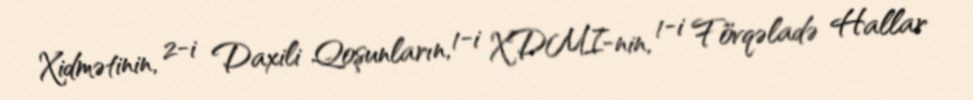
Xidmətinin, 2-i Daxili Qoşunların, 1-i XDMI-nin, 1-i Fövqəladə Hallar